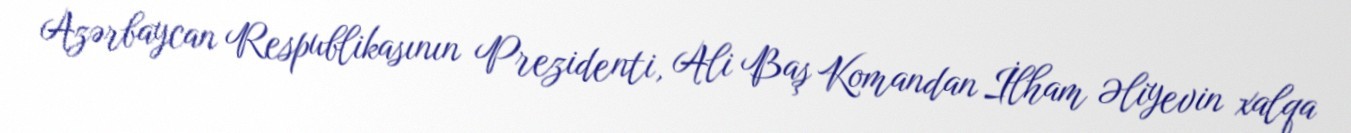
Azərbaycan Respublikasının Prezidenti, Ali Baş Komandan İlham Əliyevin xalqa